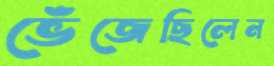
ভেঁজেছিলেন